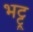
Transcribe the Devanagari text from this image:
भट्टू